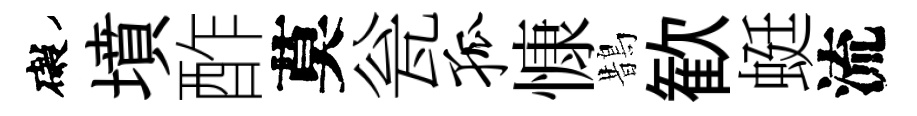
礙墳酢莫瓮孤慷鵲歓蜓流